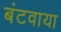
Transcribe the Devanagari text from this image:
बंटवाया